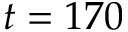
t = 1 7 0